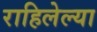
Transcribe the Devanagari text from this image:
राहिलेल्‍या